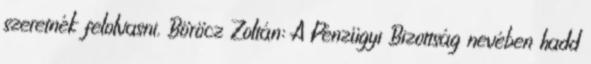
szeretnék felolvasni. Böröcz Zoltán: A Pénzügyi Bizottság nevében hadd